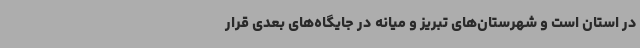
در استان است و شهرستان‌های تبریز و میانه در جایگاه‌های بعدی قرار